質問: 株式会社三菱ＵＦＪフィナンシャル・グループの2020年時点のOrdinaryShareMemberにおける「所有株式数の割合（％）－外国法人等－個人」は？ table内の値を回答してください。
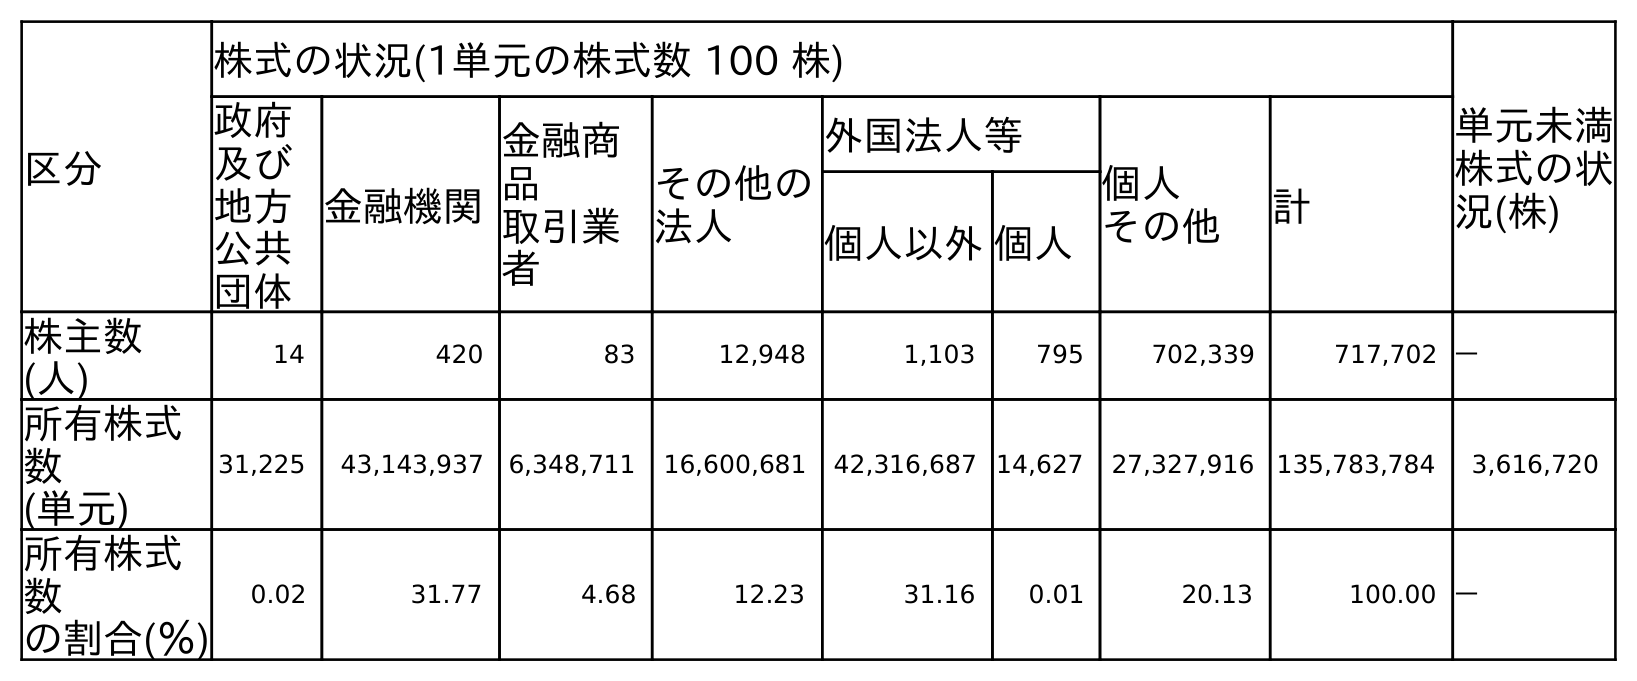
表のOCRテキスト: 区分 株式の状況(1単元の株式数 100 株) 単元未満 株式の状 況(株) 政府 及び 地方 公共 団体 金融機関 金融商 品 取引業 者 その他の 法人 外国法人等 個人 その他 計 個人以外個人 株主数 (人) 14 420 83 12,948 1,103 795 702,339 717,702 ― 所有株式 数 (単元) 31,225 43,143,937 6,348,711 16,600,681 42,316,687 14,627 27,327,916 135,783,784 3,616,720 所有株式 数 の割合(％) 0.02 31.77 4.68 12.23 31.16 0.01 20.13 100.00 ―
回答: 0.01